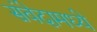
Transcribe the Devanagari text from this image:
संवेदामध्ये